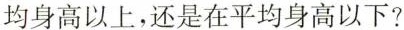
均身高以上，还是在平均身高以下？